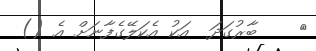
٥    ބާރުގަދަ  އަކު އެކަލޭގެފާނަށް އެ ()